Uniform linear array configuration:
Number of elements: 24
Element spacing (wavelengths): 0.25
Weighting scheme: uniform
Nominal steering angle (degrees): -15
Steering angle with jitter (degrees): -13.674
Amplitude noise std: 0.05
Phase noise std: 0.05

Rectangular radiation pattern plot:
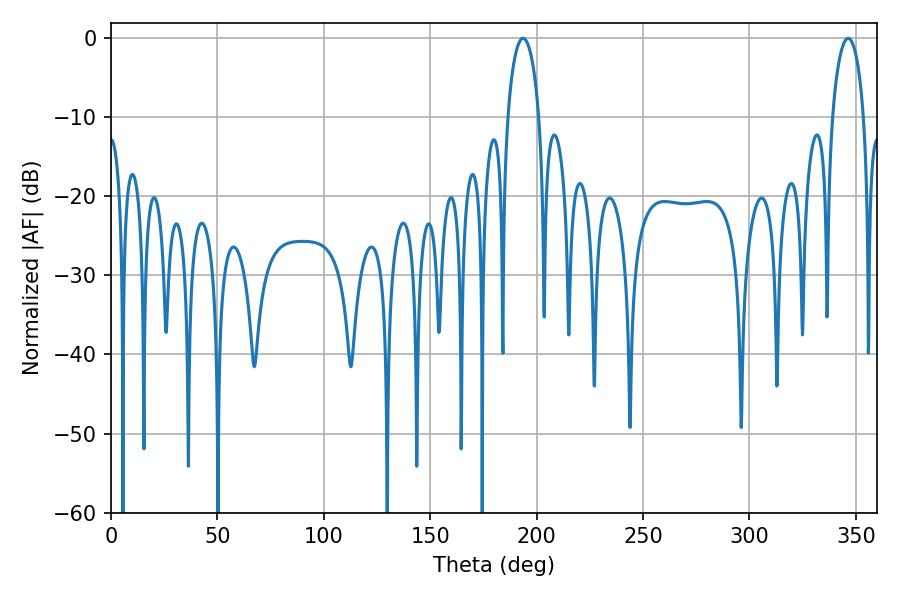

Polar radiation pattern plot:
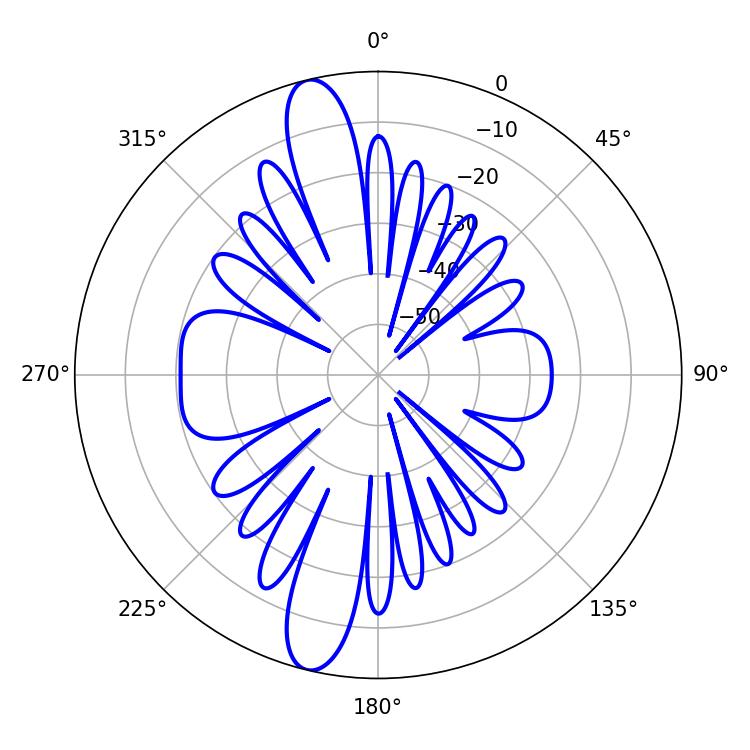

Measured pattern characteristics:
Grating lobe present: FALSE
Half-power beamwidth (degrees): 8.46
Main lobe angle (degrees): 193.68